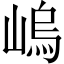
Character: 嵨